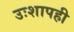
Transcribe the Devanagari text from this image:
उःशापही